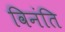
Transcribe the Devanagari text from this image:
विनंति